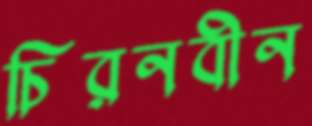
চিরনবীন